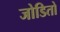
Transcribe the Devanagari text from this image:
जोडितो